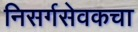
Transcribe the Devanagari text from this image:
निसर्गसेवकचा